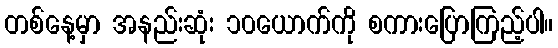
တစ်နေ့မှာ အနည်းဆုံး ၁၀ယောက်ကို စကားပြောကြည့်ပါ။